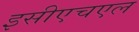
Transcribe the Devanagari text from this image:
इसीएचएल